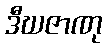
ဒီဃဇာဏု